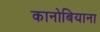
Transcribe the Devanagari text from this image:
कानोबियाना